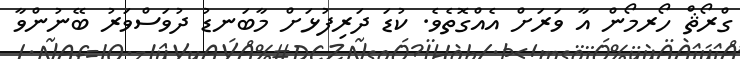
ގްރޯޘް ހޯރމޯން އާ ވަރަށް އެއްގޮތެވެ. ކުޑަ ދަރިފުޅަށް މާބަނޑު ދުވަސްވަރު ބޭނުންވާ